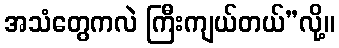
အသံတွေကလဲ ကြီးကျယ်တယ်”လို့။